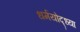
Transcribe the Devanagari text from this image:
धर्मयोद्ध्या